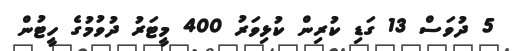
5 ދުވަސް 13 ގަޑި ކުރިން ކުޅިވަރު 400 މީޓަރު ދުވުމުގެ ހީޓުން